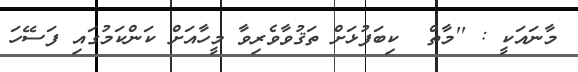
މާނައަކީ : ''މާތް  ކިބަފުޅަށް ތަޤުވާވެރިވާ މީހާއަށް ކަންކަމުގައި ފަސޭހަ